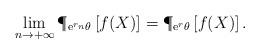
LaTeX: \begin{align*}\lim_{n\to+\infty}\P_{\mathrm{e}^{r_{n}}\theta}\left[f(X)\right]=\P_{\mathrm{e}^{r}\theta}\left[f(X)\right].\end{align*}